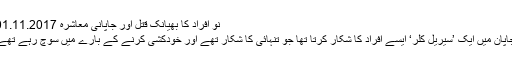
نو افراد کا بھیانک قتل اور جاپانی معاشرہ 01.11.2017
جاپان میں ایک ’سیریل کِلر‘ ایسے افراد کا شکار کرتا تھا جو تنہائی کا شکار تھے اور خودکشی کرنے کے بارے میں سوچ رہے تھے۔